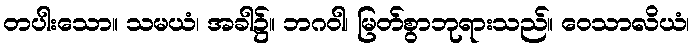
တပါးသော။ သမယံ၊ အခါ၌။ ဘဂဝါ၊ မြတ်စွာဘုရားသည်။ ဝေသာလိယံ၊